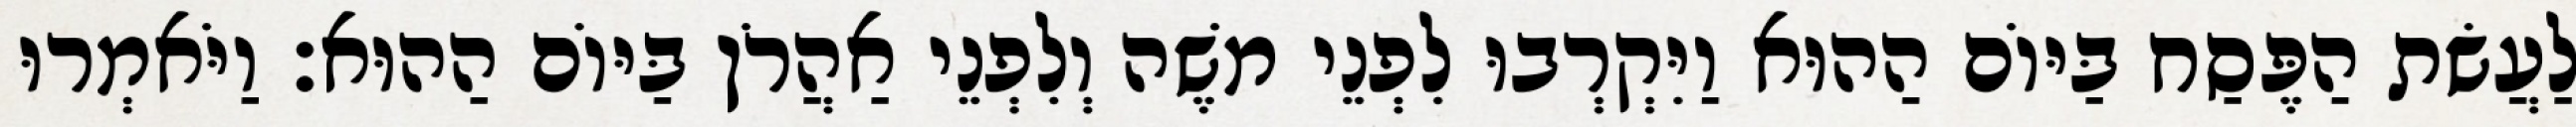
לַעֲשׂת הַפֶּסַח בַּיּוֹם הַהוּא וַיִּקְרְבוּ לִפְנֵי משֶׁה וְלִפְנֵי אַהֲרֹן בַּיּוֹם הַהוּא׃ וַיֹּאמְרוּ